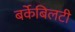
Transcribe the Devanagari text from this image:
बर्केबिलटी